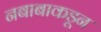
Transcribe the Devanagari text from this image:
नबाबाकडून